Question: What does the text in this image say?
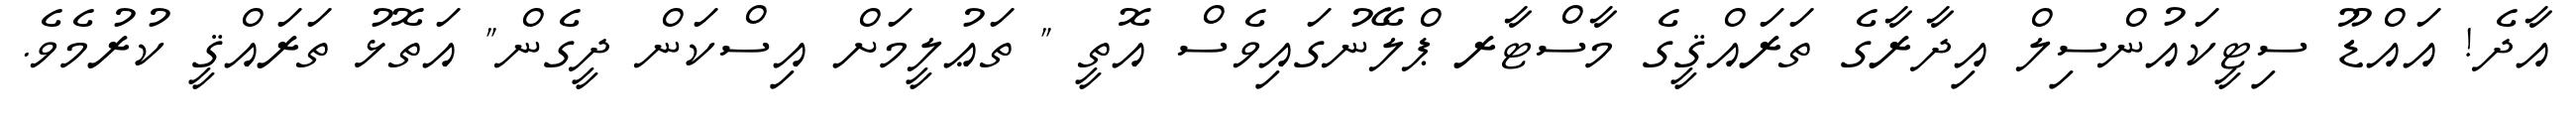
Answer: އާދެ! އައްޑޫ ސިޓީކައުންސިލް އިދާރާގެ ތަރައްޤީގެ މާސްޓާރ ޕްލޭނުގައިވެސް އޮތީ " ތަޢުލީމަށް އިސްކަން ދީގެން" އަތޮޅު ތަރައްޤީ ކުރުމެވެ.